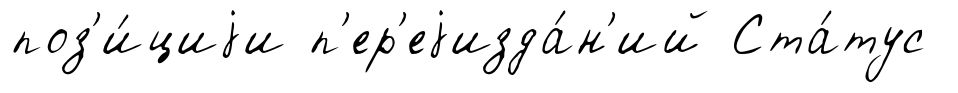
поз'и́циjи п'ер'еjизда́н'ий Ста́тус